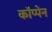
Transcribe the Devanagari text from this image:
कॉप्पेन